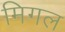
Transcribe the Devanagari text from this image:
मिगल